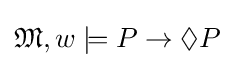
{\mathfrak {M}},w\models P\rightarrow \Diamond P